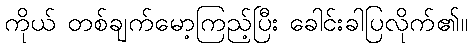
ကိုယ် တစ်ချက်မော့ကြည့်ပြီး ခေါင်းခါပြလိုက်၏။